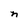
Character: n